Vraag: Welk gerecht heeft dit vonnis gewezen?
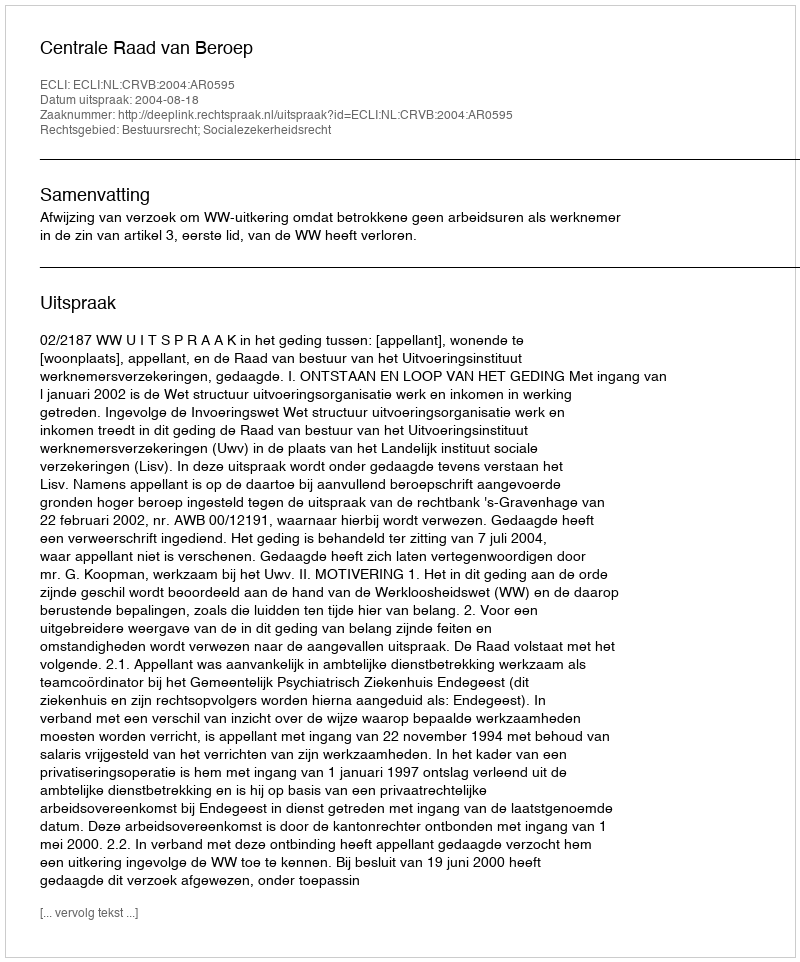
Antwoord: Centrale Raad van Beroep